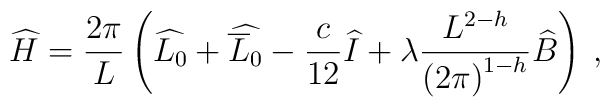
\widehat{H}=\displaystyle\frac{2\pi }{L}\left( \widehat{L_{0}}+\widehat{\overline{L}_{0}}-\displaystyle\frac{c}{12}\widehat{I}+\lambda \displaystyle\frac{L^{2-h}}{\left( 2\pi \right) ^{1-h}}\widehat{B}\right) \: ,